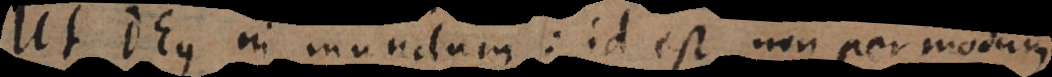
Ut Deus in mundum: id est non per modum